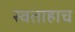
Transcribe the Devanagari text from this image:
स्वताहाच